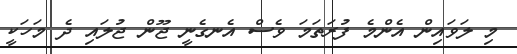
މި ލަވައިން އެންމެ ފުރަތަމަ ވެސް އެނގެނީ ޖޫން ޖުލައި ދެ މަހަކީ